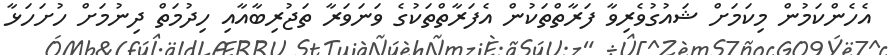
އެހެންކަމުން މިކަމަށް ޝައުގުވެރިވާ ފަރާތްތަކުން އެފަރާތްތަކުގެ ވަނަވަރާ ތަޖުރިބާއާއި ހިދުމަތް ދިނުމަށް ހުށަހަޅާ